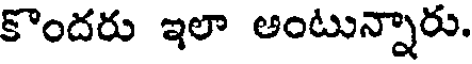
కొందరు ఇలా అంటున్నారు.